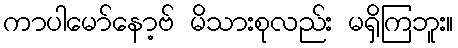
ကာပါမော်နော့ဗ် မိသားစုလည်း မရှိကြဘူး။